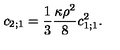
c _ { 2 ; 1 } = \frac { 1 } { 3 } \frac { \kappa \rho ^ { 2 } } { 8 } c _ { 1 ; 1 } ^ { 2 } .